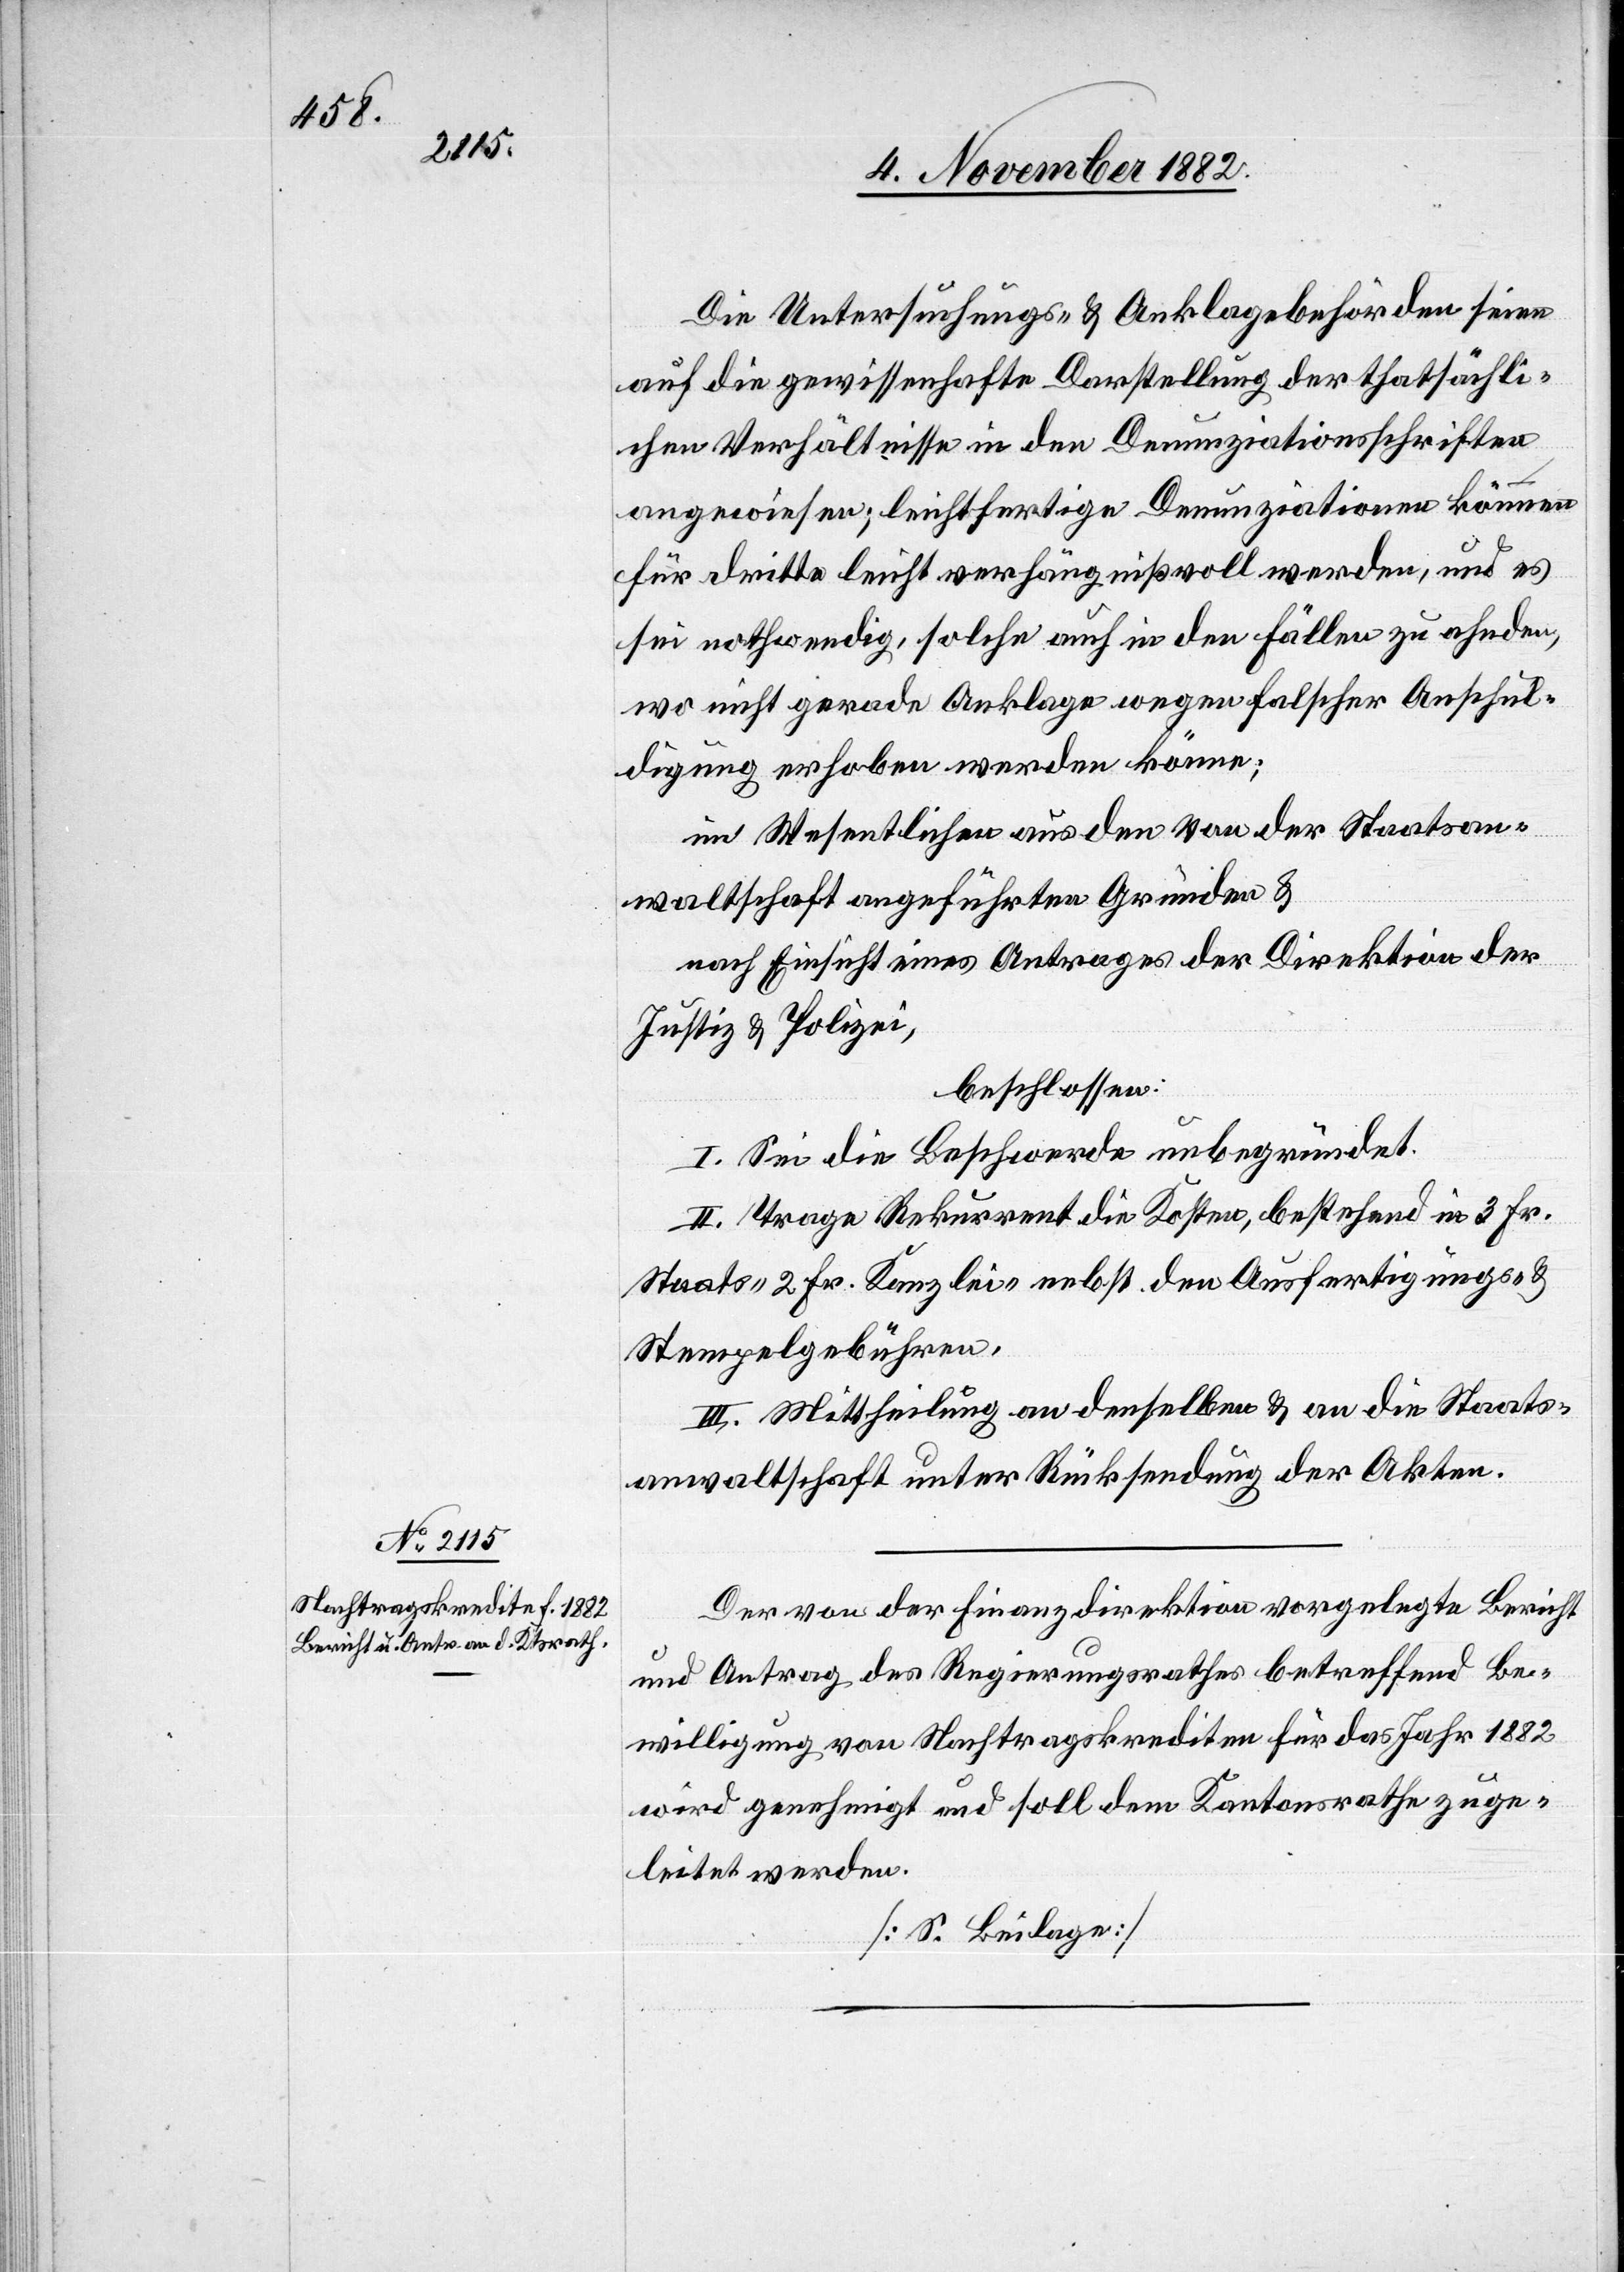
Die Untersuchungs- & Anklagebehörden seien
auf die gewissenhafte Darstellung der thatsächli¬
chen Verhältnisse in den Denunziationsschriften
angewiesen; leichtfertige Denunziationen können
für dritte leicht verhängnißvoll werden, und es
sei nothwendig, solche auch in den Fällen zu ahnden,
wo nicht gerade Anklage wegen falscher Anschul¬
digungen erhoben werden könne;
im Wesentlichen aus den von der Staatsan¬
waltschaft angeführten Gründen &
nach Einsicht eines Antrages der Direktion der
Justiz & Polizei,
beschlossen:
I. Sei die Beschwerde unbegründet.
II. Trage Rekurrent die Kosten, bestehend in 3 Fr.
Staats- 2 Fr. Kanzlei- nebst den Ausfertigungs-
Stempelgebühren.
III. Mittheilung an denselben & an die Staats¬
anwaltschaft unter Rücksendung der Akten.
Der von der Finanzdirektion vorgelegte Bericht
und Antrag des Regierungsrathes betreffend Be¬
willigung von Nachtragskrediten für das Jahr 1882
wird genehmigt und soll dem Kantonsrathe zuge¬
leitet werden.
[S. Beilage]